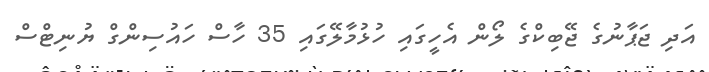
އަދި ޖަޕާނުގެ ޖޭބިކްގެ ލޯން އެހީގައި ހުޅުމާލޭގައި 35 ހާސް ހައުސިންގް ޔުނިޓްސް